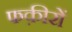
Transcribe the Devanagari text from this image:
फक़ीरों